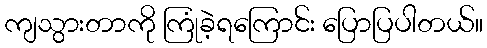
ကျသွားတာကို ကြုံခဲ့ရကြောင်း ပြောပြပါတယ်။